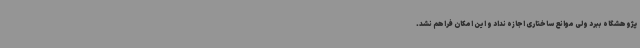
پژوهشگاه ببرد ولی موانع ساختاری اجازه نداد و این امکان فراهم نشد.